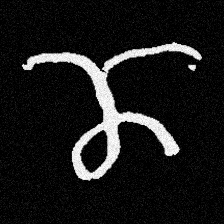
Pyu character \u2014 Myanmar letter: ဏ (romanized: nna)